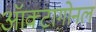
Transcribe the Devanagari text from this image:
ऑक्टागोनल